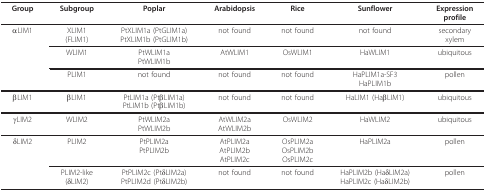
<table><thead><tr><td><b>Group</b></td><td><b>Subgroup</b></td><td><b>Poplar</b></td><td><b>Arabidopsis</b></td><td><b>Rice</b></td><td><b>Sunflower</b></td><td><b>Expressionprofile</b></td></tr></thead><tbody><tr><td>αLIM1</td><td>XLIM1(FLIM1)</td><td>PtXLIM1a (PtGLIM1a)PtXLIM1b (PtGLIM1b)</td><td>not found</td><td>not found</td><td>not found</td><td>secondaryxylem</td></tr><tr><td></td><td>WLIM1</td><td>PtWLIM1aPtWLIM1b</td><td>AtWLIM1</td><td>OsWLIM1</td><td>HaWLIM1</td><td>ubiquitous</td></tr><tr><td></td><td>PLIM1</td><td>not found</td><td>not found</td><td>not found</td><td>HaPLIM1a-SF3HaPLIM1b</td><td>pollen</td></tr><tr><td>βLIM1</td><td>βLIM1</td><td>PtLIM1a (PtβLIM1a)PtLIM1b (PtβLIM1b)</td><td>not found</td><td>not found</td><td>HaLIM1 (HaβLIM1)</td><td>ubiquitous</td></tr><tr><td>γLIM2</td><td>WLIM2</td><td>PtWLIM2aPtWLIM2b</td><td>AtWLIM2aAtWLIM2b</td><td>OsWLIM2</td><td>HaWLIM2</td><td>ubiquitous</td></tr><tr><td>δLIM2</td><td>PLIM2</td><td>PtPLIM2aPtPLIM2b</td><td>AtPLIM2aAtPLIM2bAtPLIM2c</td><td>OsPLIM2aOsPLIM2bOsPLIM2c</td><td>HaPLIM2a</td><td>pollen</td></tr><tr><td></td><td>PLIM2-like(δLIM2)</td><td>PtPLIM2c (PtδLIM2a)PtPLIM2d (PtδLIM2b)</td><td>not found</td><td>not found</td><td>HaPLIM2b (HaδLIM2a)HaPLIM2c (HaδLIM2b)</td><td>pollen</td></tr></tbody></table>